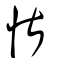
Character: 愖